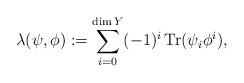
LaTeX: \begin{align*} \lambda (\psi , \phi) := \sum_{i=0}^{\dim Y} (-1)^i \, \mathrm{Tr}(\psi_i \phi^i),\end{align*}